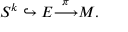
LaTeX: S ^ { k } \hookrightarrow E { \stackrel { \pi } { \longrightarrow } } M .